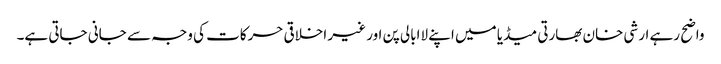
واضح رہے ارشی خان بھارتی میڈیا میں اپنے لاابالی پن اور غیر اخلاقی حرکات کی وجہ سے جانی جاتی ہے۔